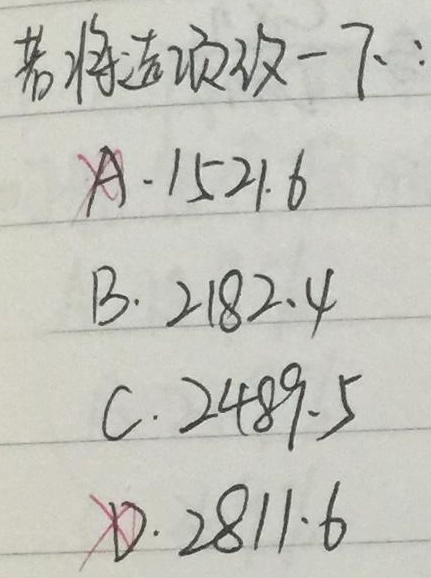
若将选项列一下：A. 1521.6  B. 2182.4  C. 2489.5  D. 2811.6